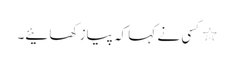
٭کسی نے کہا کہ پیاز کھائیے۔